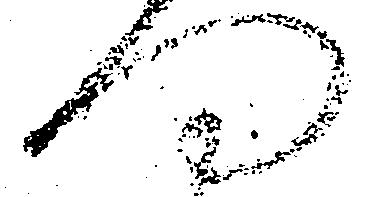
門